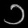
Digit: ၁